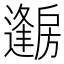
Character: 𱟦